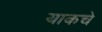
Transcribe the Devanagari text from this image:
याकचे